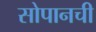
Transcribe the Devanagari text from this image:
सोपानची